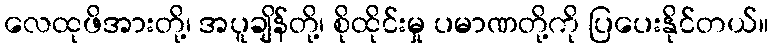
လေထုဖိအားတို့၊ အပူချိန်တို့၊ စိုထိုင်းမှု ပမာဏတို့ကို ပြပေးနိုင်တယ်။